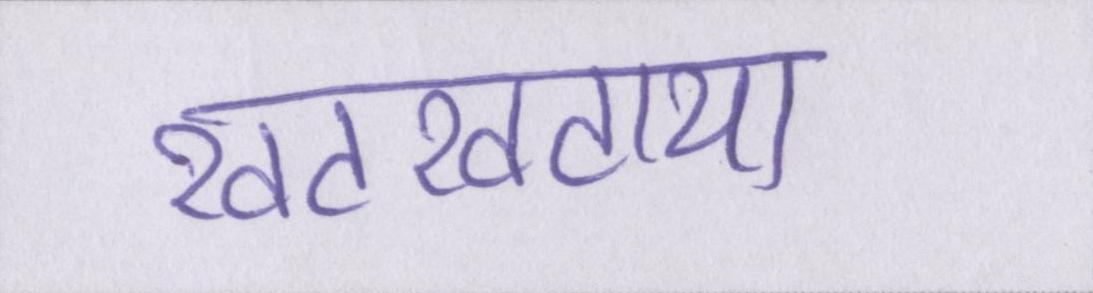
खटखटाया